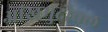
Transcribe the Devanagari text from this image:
आंखमुदौवल